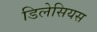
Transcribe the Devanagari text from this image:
डिलेसियस